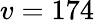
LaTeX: v=174